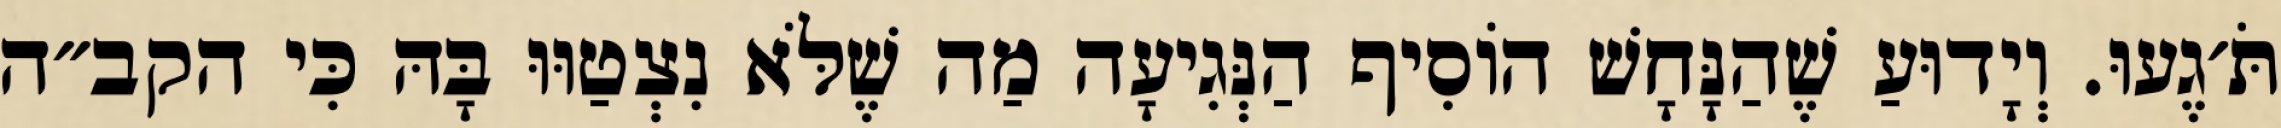
תֹּ׳גֶעוּ. וְיָדוּעַ שֶׁהַנָּחָשׁ הוֹסִיף הַנְּגִיעָה מַה שֶׁלֹּא נִצְטַוּוּ בָּהּ כִּי הקב״ה